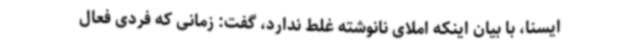
ایسنا، با بیان اینکه املای نانوشته غلط ندارد، گفت: زمانی که فردی فعال